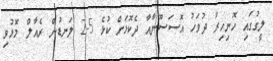
ލީގުގައި ހޮނިހިރު ދުވަހު އޮސަސޫނާއާ ދެކޮޅަށް ކުޅެ 5-2 ލަނޑުން ރެއާލް މޮޅުވި